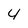
Character: 4